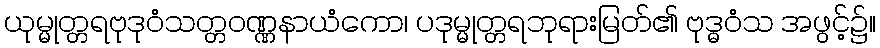
ယုမ္မုတ္တရဗုဒုဝံသတ္တဝဏ္ဏနာယံကော၊ ပဒုမ္မုတ္တရဘုရားမြတ်၏ ဗုဒ္ဓဝံသ အဖွင့်၌။